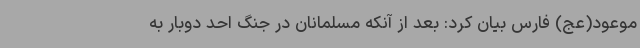
موعود(عج) فارس بیان کرد: بعد از آنکه مسلمانان در جنگ احد دوبار به